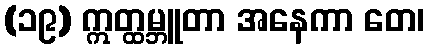
(၁၉) ဣတ္ထမ္ဘူတာ အနေကာ တေ၊